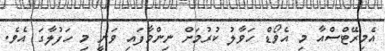
އެމިރޭޓްސްއާ މި އެވޯޑް ހަވާލު ކުރުމަށް ނިންމާފައި ވަނީ މި ހަފުލާގަ އެވެ.